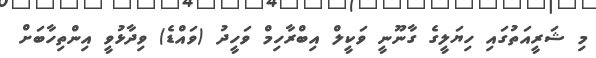
މި ޝަރީއަތުގައި ހިޔަލީގެ ގާނޫނީ ވަކީލް އިބްރާހިމް ވަހީދު (ވައްޑެ) ވިދާޅުވީ އިންތިހާބަށް